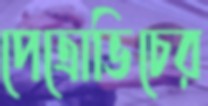
পেত্রোভিচের